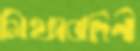
মিথ্যাবাদিনী